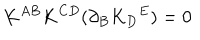
K ^ { A B } K ^ { C D } ( \partial _ { B } K _ { D } { } ^ { E } ) = 0